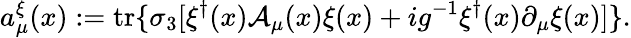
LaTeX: a_{\mu}^{\xi}(x):=\mathrm{tr}\{ \sigma_{3}[\xi^{\dagger}(x){\cal A}_{\mu}(x)\xi(x)+ig^{-1}\xi^{\dagger}(x)\partial_{\mu}\xi(x)]\} .